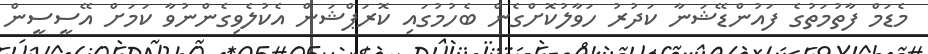
މެޑަމް ފާތުމަތުގެ ފައުންޑޭޝަނާ ކަދުރު ހަވާލުކޮށްގެން ބެހުމުގައި ކޮރަޕްޝަން އެކުލެވިގެންނުވާ ކަމަށް އޭސީސީން